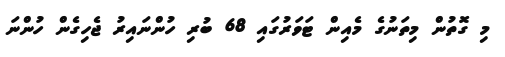
މި ގޮތުން މިތަނުގެ މެއިން ޓަވަރުގައި 68 ބުރި ހުންނައިރު ޖެހިގެން ހުންނަ